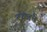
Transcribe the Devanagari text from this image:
रुळांचे